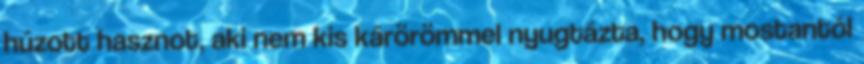
húzott hasznot, aki nem kis kárörömmel nyugtázta, hogy mostantól